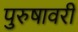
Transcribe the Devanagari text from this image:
पुरुषावरी